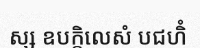
ស្ស ឧបក្កិលេសំ បជហិំ